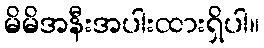
မိမိအနီးအပါးထားရှိပါ။